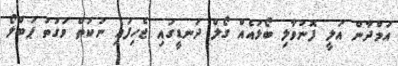
އަމްދާން އަލީ ފޮނުވާލި ބޯޅައެއް ގޯލް ދަނޑީގައި ޖެހިފައި ނުކުތް ވަގުތު ޕަބްލޯ